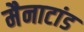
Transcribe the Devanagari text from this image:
मैनाटांड